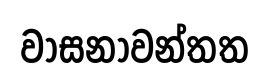
වාසනාවන්තත